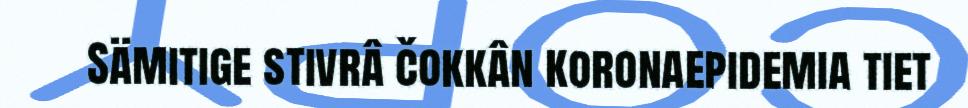
Sämitige stivrâ čokkân koronaepidemia tiet